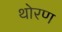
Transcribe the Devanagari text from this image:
थोरण